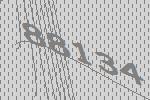
88134